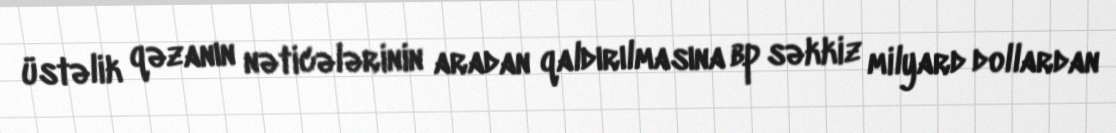
üstəlik qəzanın nəticələrinin aradan qaldırılmasına bp səkkiz milyard dollardan